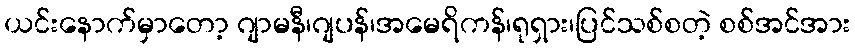
ယင်းနောက်မှာတော့ ဂျာမနီ၊ဂျပန်၊အမေရိကန်၊ရုရှား၊ပြင်သစ်စတဲ့ စစ်အင်အား